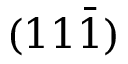
( 1 1 \bar { 1 } )